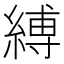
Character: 縛